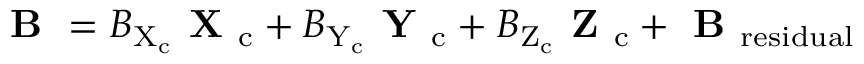
\textbf { B } = B _ { \mathrm { X } _ { \mathrm { c } } } \textbf { X } _ { \mathrm { c } } + B _ { \mathrm { Y } _ { \mathrm { c } } } \textbf { Y } _ { \mathrm { c } } + B _ { \mathrm { Z } _ { \mathrm { c } } } \textbf { Z } _ { \mathrm { c } } + \textbf { B } _ { \mathrm { r e s i d u a l } }